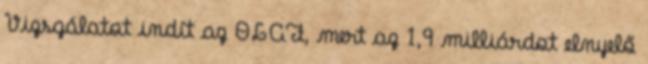
Vizsgálatot indít az OLAF, mert az 1,9 milliárdot elnyelő